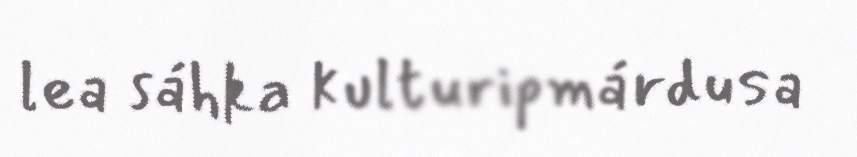
lea sáhka kulturipmárdusa